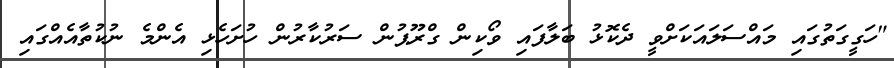
"ހަގީގަތުގައި މައްސަލައަކަށްވީ ދެކޮޅު ބަލާފައި ވޯކިން ގްރޫޕުން ސަރުކާރުން ހުށަހެޅި އެންމެ ނުކުތާއެއްގައި